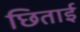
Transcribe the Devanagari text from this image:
छिताई